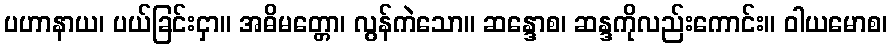
ပဟာနာယ၊ ပယ်ခြင်းငှာ။ အဓိမတ္တော၊ လွန်ကဲသော။ ဆန္ဒောစ၊ ဆန္ဒကိုလည်းကောင်း။ ဝါယမောစ၊